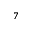
^ { 7 }